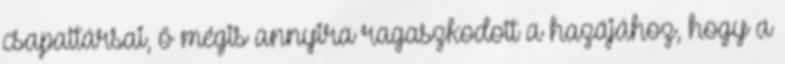
csapattársai, ő mégis annyira ragaszkodott a hazájához, hogy a